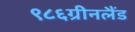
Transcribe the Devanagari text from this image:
९८६ग्रीनलैंड